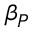
\beta _ { P }